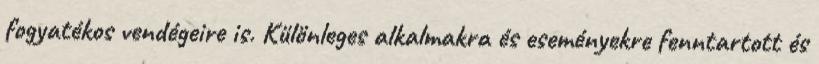
fogyatékos vendégeire is. Különleges alkalmakra és eseményekre fenntartott és